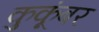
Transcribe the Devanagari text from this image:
कुकूंबर